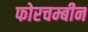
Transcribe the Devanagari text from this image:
फोरचम्बीन